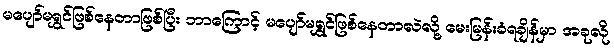
မပျော်မရွှင်ဖြစ်နေတာဖြစ်ပြီး ဘာကြောင့် မပျော်မရွှင်ဖြစ်နေတာလဲလို့ မေးမြန်းခံရချိန်မှာ အခုလို